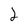
Character: 2